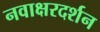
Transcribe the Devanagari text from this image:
नवाक्षरदर्शन